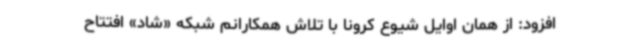
افزود: از همان اوایل شیوع کرونا با تلاش همکارانم شبکه «شاد» افتتاح